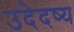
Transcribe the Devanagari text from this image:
उदेदष्य